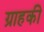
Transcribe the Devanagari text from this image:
ग्राहकी